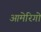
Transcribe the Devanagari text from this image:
आमेरिगो